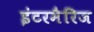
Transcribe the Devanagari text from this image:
इंटरमैरिज